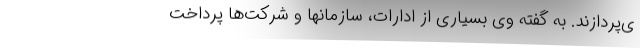
ی‌پردازند. به گفته وی بسیاری از ادارات، سازمانها و شرکت‌ها پرداخت